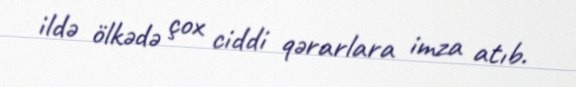
ildə ölkədə çox ciddi qərarlara imza atıb.